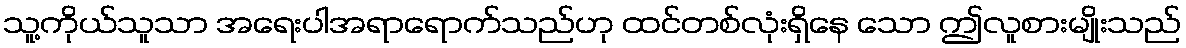
သူ့ကိုယ်သူသာ အရေးပါအရာရောက်သည်ဟု ထင်တစ်လုံးရှိနေ သော ဤလူစားမျိုးသည်